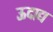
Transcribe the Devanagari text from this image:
ऊदाद्य